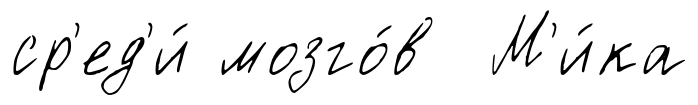
ср'ед'и́ мозго́в М'и́ка